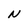
Character: N